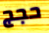
حجج